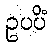
ဥပပိံ